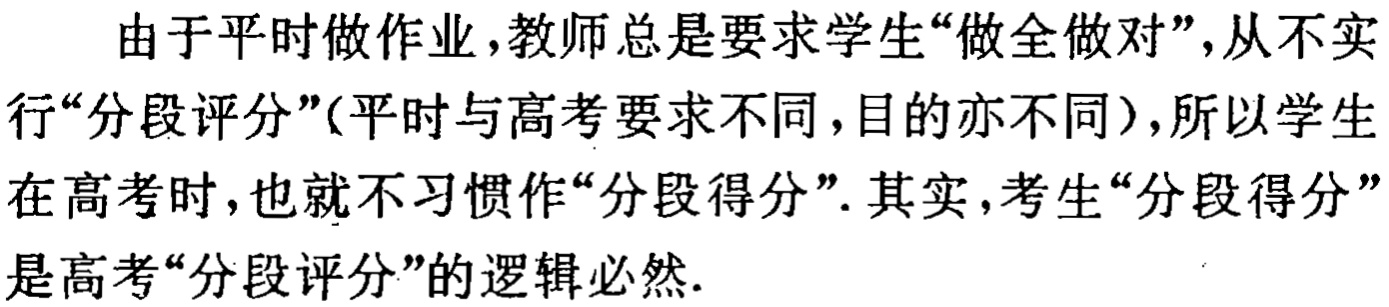
由于平时做作业，教师总是要求学生“做全做对”，从不实行“分段评分”(平时与高考要求不同，目的亦不同)，所以学生在高考时，也就不习惯作“分段得分”. 其实，考生“分段得分”是高考“分段评分”的逻辑必然.